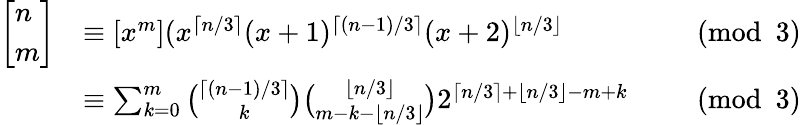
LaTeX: {\begin{array}{rlrl}{\left[{\begin{array}{l}{n}\\ {m}\end{array}}\right]}&{\equiv[x^{m}](x^{\lceil n/3\rceil}(x+1)^{\lceil(n-1)/3\rceil}(x+2)^{\lfloor n/3\rfloor}}&&{{\pmod{3}}}\\ &{\equiv\sum_{k=0}^{m}{\binom{\lceil(n-1)/3\rceil}{k}}{\binom{\lfloor n/3\rfloor}{m-k-\lfloor n/3\rfloor}}2^{\lceil n/3\rceil+\lfloor n/3\rfloor-m+k}}&&{{\pmod{3}}}\end{array}}